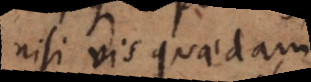
nisi vis quaedam